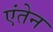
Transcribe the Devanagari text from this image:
एंतेन